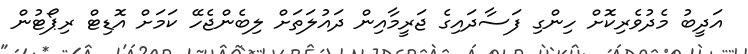
އަދީބު މެދުވެރިކޮށް ހިންގި ފަސާދައިގެ ޖަރީމާއިން ދައުލަތަށް ލިބެންޖެހޭ ކަމަށް އޮޑިޓް ރިޕޯޓުން